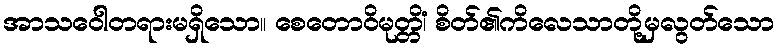
အာသဝေါတရားမရှိသော။ စေတောဝိမုတ္တိံ၊ စိတ်၏ကိလေသာတို့မှလွတ်သော